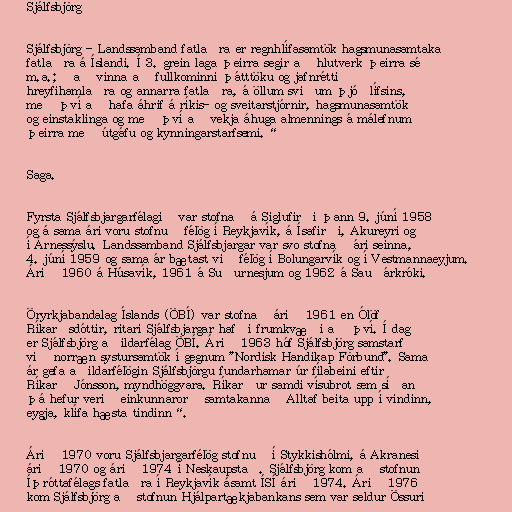
Sjálfsbjörg

Sjálfsbjörg - Landssamband fatlaðra er regnhlífasamtök hagsmunasamtaka
fatlaðra á Íslandi. Í 3. grein laga þeirra segir að hlutverk þeirra sé
m.a.; „að vinna að fullkominni þátttöku og jafnrétti
hreyfihamlaðra og annarra fatlaðra, á öllum sviðum þjóðlífsins,
með því að hafa áhrif á ríkis- og sveitarstjórnir, hagsmunasamtök
og einstaklinga og með því að vekja áhuga almennings á málefnum
þeirra með útgáfu og kynningarstarfsemi.“

Saga.

Fyrsta Sjálfsbjargarfélagið var stofnað á Siglufirði þann 9. júní 1958
og á sama ári voru stofnuð félög í Reykjavík, á Ísafirði, Akureyri og
í Árnessýslu. Landssamband Sjálfsbjargar var svo stofnað ári seinna,
4. júní 1959 og sama ár bætast við félög í Bolungarvík og í Vestmannaeyjum.
Árið 1960 á Húsavík, 1961 á Suðurnesjum og 1962 á Sauðárkróki.

Öryrkjabandalag Íslands (ÖBÍ) var stofnað árið 1961 en Ólöf
Ríkarðsdóttir, ritari Sjálfsbjargar hafði frumkvæði að því. Í dag
er Sjálfsbjörg aðildarfélag ÖBÍ. Árið 1963 hóf Sjálfsbjörg samstarf
við norræn systursamtök í gegnum "Nordisk Handikap Förbund". Sama
ár gefa aðildarfélögin Sjálfsbjörgu fundarhamar úr fílabeini eftir
Ríkarð Jónsson, myndhöggvara. Ríkarður samdi vísubrot sem síðan
þá hefur verið einkunnarorð samtakanna „Alltaf beita upp í vindinn,
eygja, klífa hæsta tindinn“.

Árið 1970 voru Sjálfsbjargarfélög stofnuð í Stykkishólmi, á Akranesi
árið 1970 og árið 1974 í Neskaupstað. Sjálfsbjörg kom að stofnun
Íþróttafélags fatlaðra í Reykjavík ásamt ÍSÍ árið 1974. Árið 1976
kom Sjálfsbjörg að stofnun Hjálpartækjabankans sem var seldur Össuri